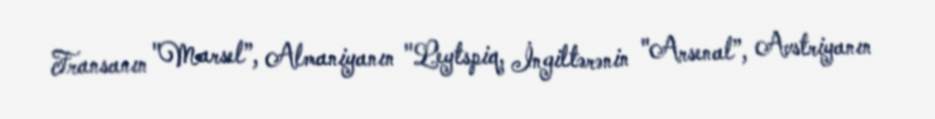
Fransanın "Marsel”, Almaniyanın "Leytspiq, İngiltərənin "Arsenal”, Avstriyanın